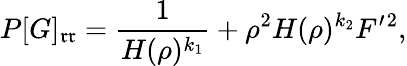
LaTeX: P[G]_{\mathfrak{r}\mathfrak{r}}=\frac{{1}}{{H(\rho)^{k_{1}}}}+\rho^{2}H(\rho)^{k_{2}}F^{\prime}{}^{2},